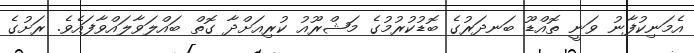
އެމަނިކުފާނު ވަނީ ތޮއްޑޫ ބަނދަރުގެ ބޮޑުކުރުމުގެ މަޝްރޫއު ކުރިއަށްދާ ގޮތް ބައްލަވާލައްވާފައެވެ. ރަށުގެ